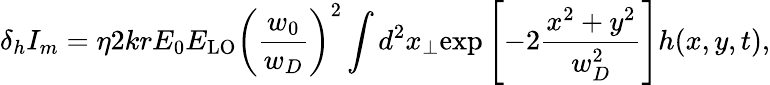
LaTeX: \delta_{h}I_{m}=\eta 2krE_{0}E_{\mathrm{LO}}\left(\frac{w_{0}}{w_{D}}\right)^{2}\int d^{2}x_{\perp}\mathrm{exp}\left[-2\frac{x^{2}+y^{2}}{w_{D}^{2}}\right]h(x,y,t),